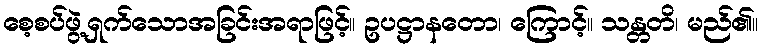
စေ့စပ်ဖွဲ့ရှက်သောအခြင်းအရာဖြင့်။ ဥပဋ္ဌာနတော၊ ကြောင့်။ သန္တတိ၊ မည်၏။